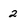
Character: 2